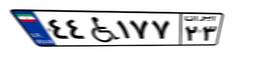
۰۰W۲۰۲۳۴